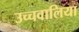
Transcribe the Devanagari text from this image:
उच्चवालिया